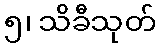
၅၊ သိခီသုတ်